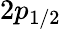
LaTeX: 2{p}_{1/2}